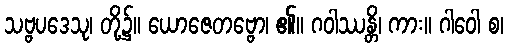
သဗ္ဗပဒေသု၊ တို့၌။ ယောဇေတဗ္ဗော၊ ၏။ ဂဝါဿန္တိ၊ ကား။ ဂါဝေါ စ၊